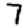
Digit: 7